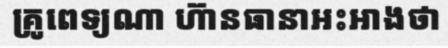
គ្រូពេទ្យណា ហ៊ានធានាអះអាងថា